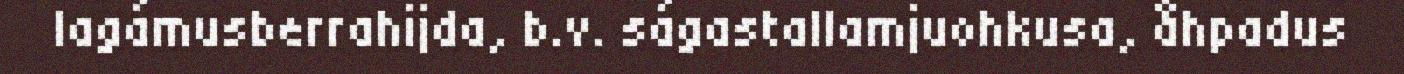
lagámusberrahijda, b.v. ságastallamjuohkusa, åhpadus